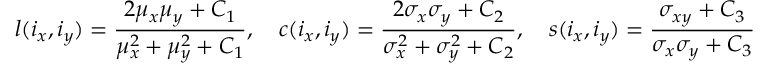
l ( i _ { x } , i _ { y } ) = \frac { 2 \mu _ { x } \mu _ { y } + C _ { 1 } } { \mu _ { x } ^ { 2 } + \mu _ { y } ^ { 2 } + C _ { 1 } } , \quad c ( i _ { x } , i _ { y } ) = \frac { 2 \sigma _ { x } \sigma _ { y } + C _ { 2 } } { \sigma _ { x } ^ { 2 } + \sigma _ { y } ^ { 2 } + C _ { 2 } } , \quad s ( i _ { x } , i _ { y } ) = \frac { \sigma _ { x y } + C _ { 3 } } { \sigma _ { x } \sigma _ { y } + C _ { 3 } }